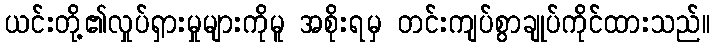
ယင်းတို့၏လှုပ်ရှားမှုများကိုမူ အစိုးရမှ တင်းကျပ်စွာချုပ်ကိုင်ထားသည်။